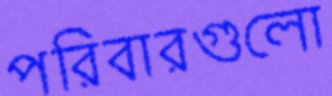
পরিবারগুলো